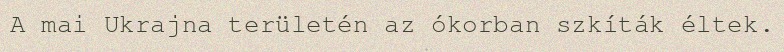
A mai Ukrajna területén az ókorban szkíták éltek.